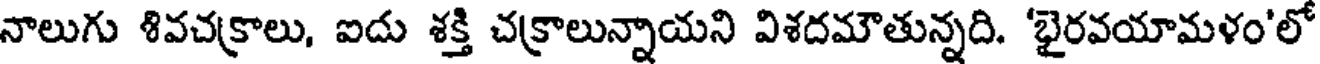
నాలుగు శివచక్రాలు, ఐదు శక్తి చక్రాలున్నాయని విశదమౌతున్నది. 'భైరవయామళం'లో